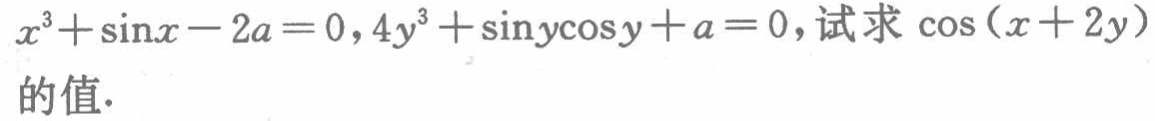
\(x^{3}+\sin x - 2a = 0,4y^{3}+\sin y\cos y + a = 0,试求\cos(x + 2y)的值.\)